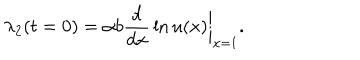
LaTeX: \lambda _ { 2 } ( t = 0 ) = \alpha b { \frac { d } { d x } } \ln u ( x ) \bigg | _ { x = 1 } .